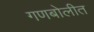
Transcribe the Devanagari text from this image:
गणबोलीत